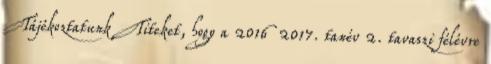
Tájékoztatunk Titeket, hogy a 2016 2017. tanév 2. tavaszi félévre